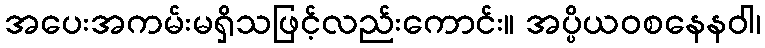
အပေးအကမ်းမရှိသဖြင့်လည်းကောင်း။ အပ္ပိယဝစနေနဝါ၊